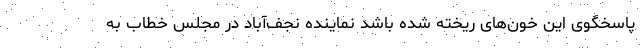
پاسخگوی این خون‌های ریخته شده باشد نماینده نجف‌آباد در مجلس خطاب به